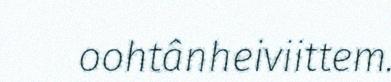
oohtânheiviittem.